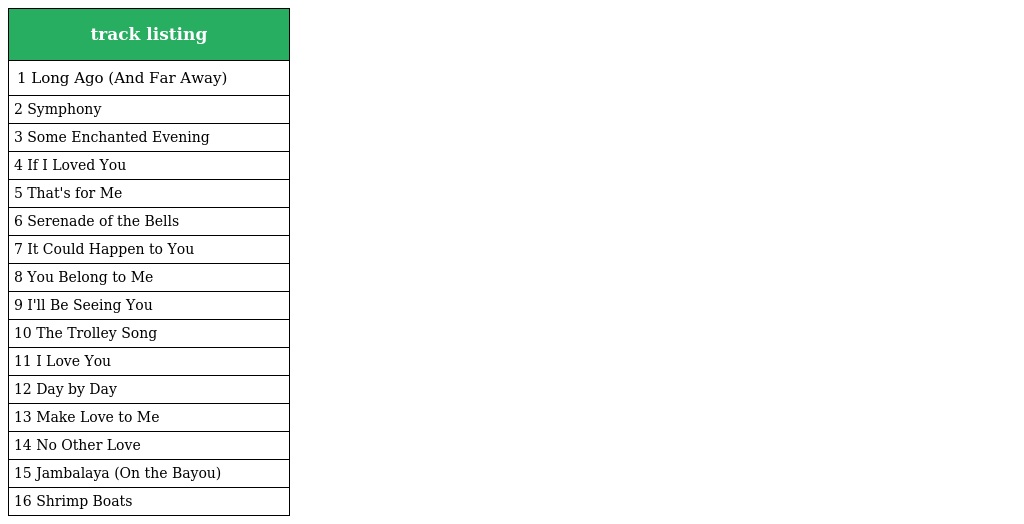
| track listing |
 | --- |
 | 1 Long Ago (And Far Away) |
 | 2 Symphony |
 | 3 Some Enchanted Evening |
 | 4 If I Loved You |
 | 5 That's for Me |
 | 6 Serenade of the Bells |
 | 7 It Could Happen to You |
 | 8 You Belong to Me |
 | 9 I'll Be Seeing You |
 | 10 The Trolley Song |
 | 11 I Love You |
 | 12 Day by Day |
 | 13 Make Love to Me |
 | 14 No Other Love |
 | 15 Jambalaya (On the Bayou) |
 | 16 Shrimp Boats |